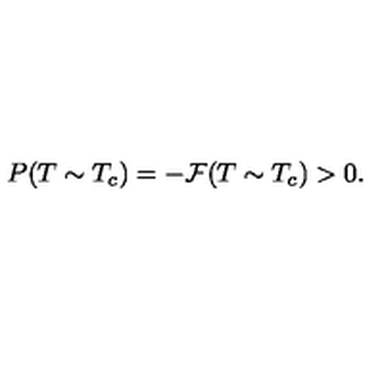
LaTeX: P ( T \sim T _ { c } ) = - { \cal F } ( T \sim T _ { c } ) > 0 .